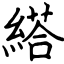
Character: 䌋